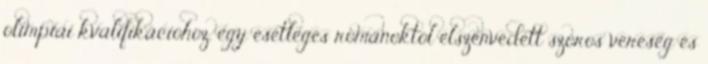
olimpiai kvalifikációhoz, egy esetleges románoktól elszenvedett szoros vereség és